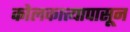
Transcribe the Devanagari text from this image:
कोलकात्त्यापासून